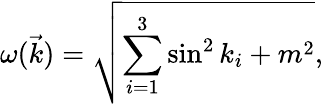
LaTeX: \omega(\vec{k})=\sqrt{\sum_{i=1}^{3}\sin^{2}k_{i}+m^{2}},